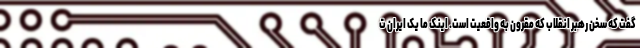
گفت که سخن رهبر انقلاب که مقرون به واقعیت است. اینک ما یک ایران ت